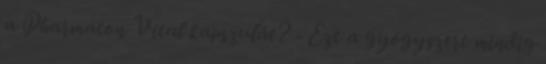
a Pharmaton Vital kapszulát? - Ezt a gyógyszert mindig